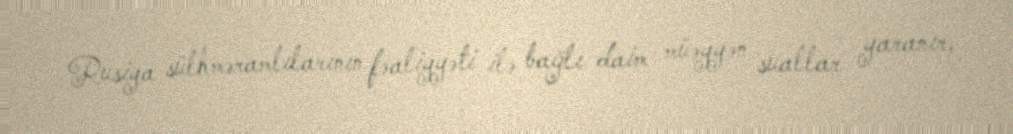
Rusiya sülhməramlılarının fəaliyyəti ilə bağlı daim müəyyən suallar yaranır,